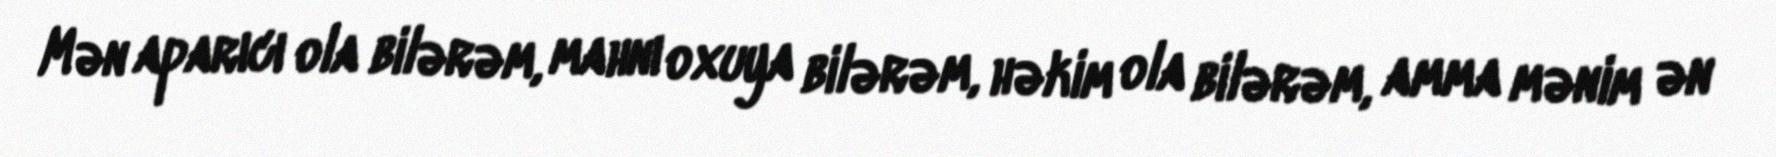
Mən aparıcı ola bilərəm, mahnı oxuya bilərəm, həkim ola bilərəm, amma mənim ən